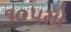
૧૦૫મો